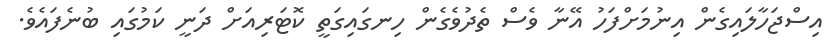
އިސްޖަހާލައިގެން އިނުމަށްފަހު އޭނާ ވެސް ތެދުވެގެން ހިނގައިގަތީ ކޮޓަރިއަށް ދަނީ ކަމުގައި ބުނެފައެވެ.